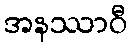
အနဿာဝီ